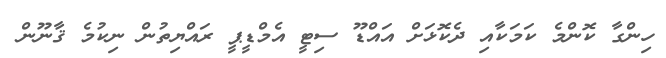
ހިންގާ ކޮންމެ ކަމަކާއި ދެކޮޅަށް އައްޑޫ ސިޓީ އެމްޑީޕީ ރައްޔިތުން ނިކުމެ ޤާނޫން